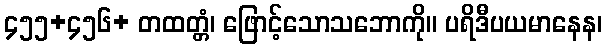
၄၅၅+၄၅၆+ တထတ္တံ၊ ဖြောင့်သောသဘောကို။ ပရိဒီပယမာနေန၊